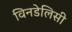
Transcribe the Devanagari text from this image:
विनडेलिसी